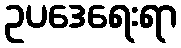
ဥပဒေရေးရာ